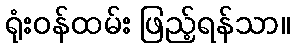
ရုံးဝန်ထမ်း ဖြည့်ရန်သာ။